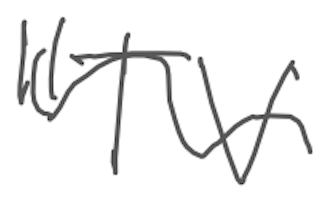
Text: "TV
Cross-out: wave
Writing tool: digital_gray